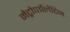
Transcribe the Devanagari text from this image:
मेट्रोपालिटिन